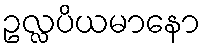
ဥလ္လပိယမာနော